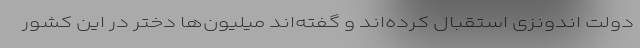
دولت اندونزی استقبال کرده‌اند و گفته‌اند میلیون‌ها دختر در این کشور